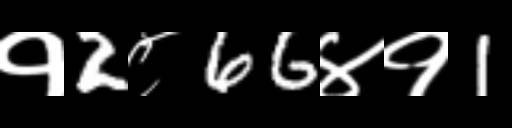
Text: १2८66४१1